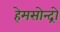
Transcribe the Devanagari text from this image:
हेमसोन्द्रो